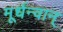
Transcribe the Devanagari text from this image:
मूर्धन्वान्‌